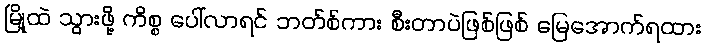
မြို့ထဲ သွားဖို့ ကိစ္စ ပေါ်လာရင် ဘတ်စ်ကား စီးတာပဲဖြစ်ဖြစ် မြေအောက်ရထား